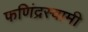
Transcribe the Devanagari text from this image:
फणिंद्रस्वामी